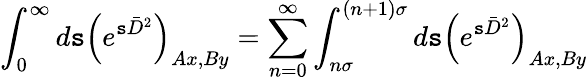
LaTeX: \int_{0}^{\infty}d\mathtt{s}\left(e^{\mathtt{s}\bar{{D}}^{2}}\right)_{Ax,By}=\sum_{n=0}^{\infty}\int_{n\sigma}^{(n+1)\sigma}d\mathtt{s}\left(e^{\mathtt{s}\bar{{D}}^{2}}\right)_{Ax,By}